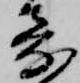
寄